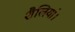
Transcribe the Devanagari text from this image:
शैलियां।